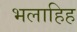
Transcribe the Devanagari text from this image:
भलाहिह